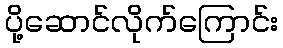
ပို့ဆောင်လိုက်ကြောင်း